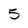
Character: 5